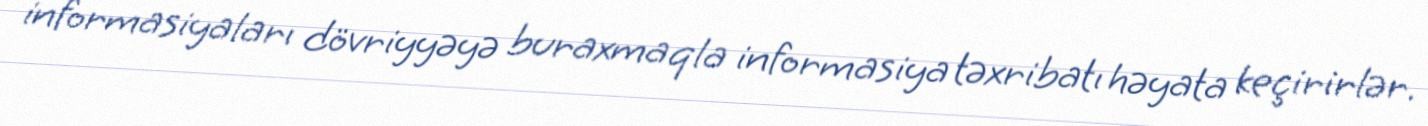
informasiyaları dövriyyəyə buraxmaqla informasiya təxribatı həyata keçirirlər.